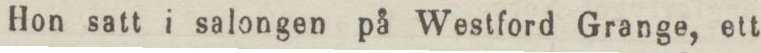
Hon satt i salongen på Westford Grange, ett